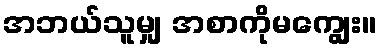
အဘယ်သူမျှ အစာကိုမကျွေး။